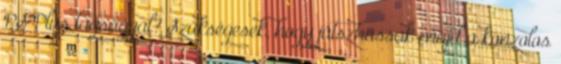
PS Plus tagsággal? Szükségesek, hogy játszhassak majd a konzolos